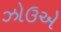
ઝોઉએ